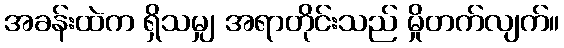
အခန်းထဲက ရှိသမျှ အရာတိုင်းသည် မှိုတက်လျက်။